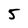
Character: 5